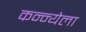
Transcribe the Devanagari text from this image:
कन्न्येला